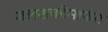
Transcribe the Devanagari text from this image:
जलशक्तीमार्फत